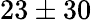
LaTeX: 23\pm 30